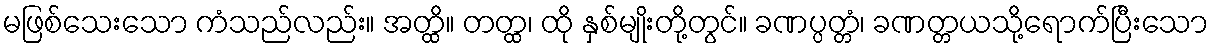
မဖြစ်သေးသော ကံသည်လည်း။ အတ္ထိ။ တတ္ထ၊ ထို နှစ်မျိုးတို့တွင်။ ခဏပ္ပတ္တံ၊ ခဏတ္တယသို့ရောက်ပြီးသော